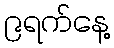
၉ရက်နေ့